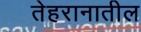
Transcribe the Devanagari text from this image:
तेहरानातील